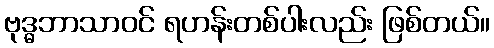
ဗုဒ္ဓဘာသာဝင် ရဟန်းတစ်ပါးလည်း ဖြစ်တယ်။